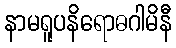
နာမရူပနိရောဓဂါမိနီ